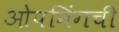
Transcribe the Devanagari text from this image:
ओपनिंगची